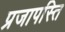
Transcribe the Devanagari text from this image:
प्रजापस्ति